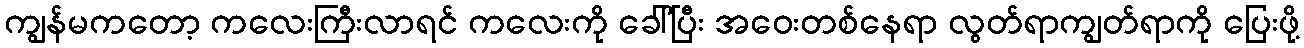
ကျွန်မကတော့ ကလေးကြီးလာရင် ကလေးကို ခေါ်ပြီး အဝေးတစ်နေရာ လွတ်ရာကျွတ်ရာကို ပြေးဖို့